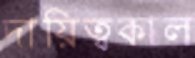
দায়িত্বকাল